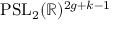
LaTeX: \mathrm { P S L } _ { 2 } ( \mathbb { R } ) ^ { 2 g + k - 1 }